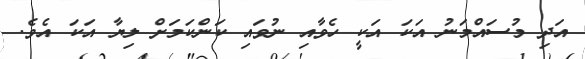
އަދި މުސައްމަނު އަކަ އަކީ ހެވާއި ނުވައި ކަންކަމަށް ލިޔާ އަކަ އެވެ.